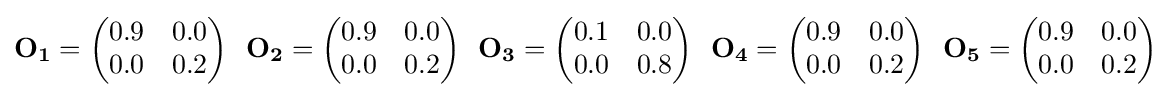
\mathbf {O_{1}} ={\begin{pmatrix}0.9&0.0\\0.0&0.2\end{pmatrix}}~~\mathbf {O_{2}} ={\begin{pmatrix}0.9&0.0\\0.0&0.2\end{pmatrix}}~~\mathbf {O_{3}} ={\begin{pmatrix}0.1&0.0\\0.0&0.8\end{pmatrix}}~~\mathbf {O_{4}} ={\begin{pmatrix}0.9&0.0\\0.0&0.2\end{pmatrix}}~~\mathbf {O_{5}} ={\begin{pmatrix}0.9&0.0\\0.0&0.2\end{pmatrix}}